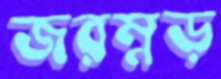
জরম্নড়